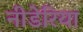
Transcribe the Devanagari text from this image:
नीडेरिया